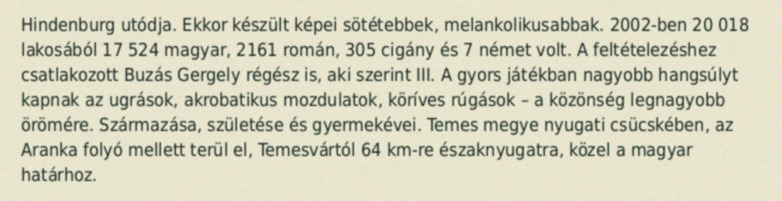
Hindenburg utódja. Ekkor készült képei sötétebbek, melankolikusabbak. 2002-ben 20 018 lakosából 17 524 magyar, 2161 román, 305 cigány és 7 német volt. A feltételezéshez csatlakozott Buzás Gergely régész is, aki szerint III. A gyors játékban nagyobb hangsúlyt kapnak az ugrások, akrobatikus mozdulatok, köríves rúgások – a közönség legnagyobb örömére. Származása, születése és gyermekévei. Temes megye nyugati csücskében, az Aranka folyó mellett terül el, Temesvártól 64 km-re északnyugatra, közel a magyar határhoz.